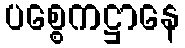
ပစ္စေကဋ္ဌာနေ